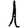
Digit: 1